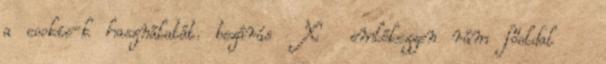
a cookie-k használatát. bezárás X emlékezzen rám főoldal